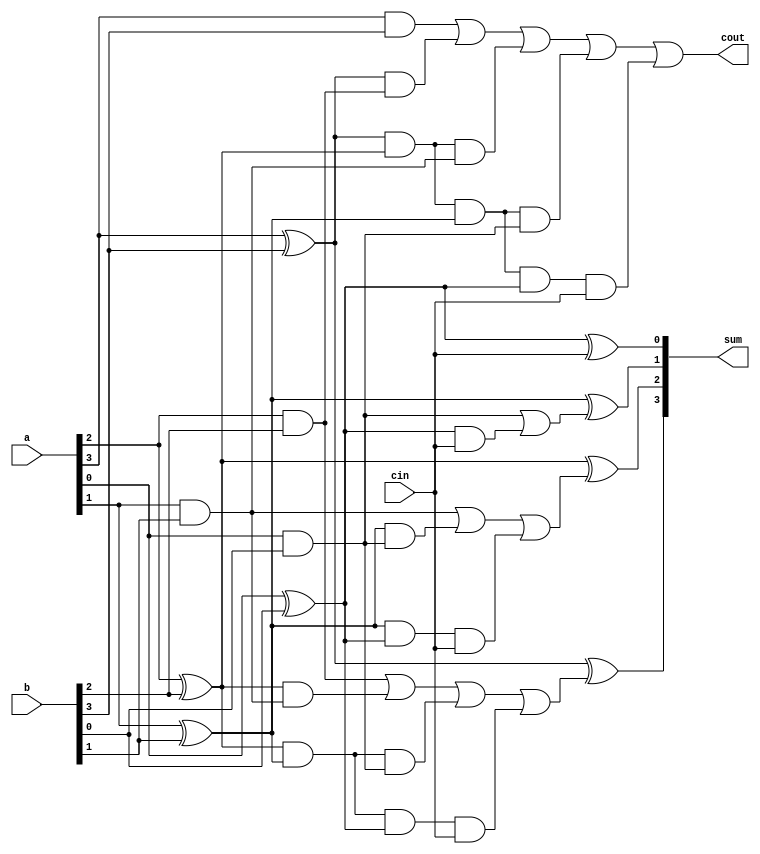
`timescale 1ns / 1ps

module Carrylook_Ahead(a,b,cin,sum,cout);
input [3:0] a, b; //define inputs and outputs
input cin;
output [3:0] sum;
output cout;
//design the logic for the generate functions
and (g0, a[0], b[0]),
(g1, a[1], b[1]),
(g2, a[2], b[2]),
(g3, a[3], b[3]);
//design the logic for the propagate functions
xor (p0, a[0], b[0]),
(p1, a[1], b[1]),
(p2, a[2], b[2]),
(p3, a[3], b[3]);
//design the logic for the sum equations
xor (sum[0], p0, cin),
(sum[1], p1, c0),
(sum[2], p2, c1),
(sum[3], p3, c2);//design the logic for the carry equations
//using the continuous assign statement
assign c0 = g0 | (p0 & cin),
c1 = g1 | (p1 & g0) | (p1 & p0 & cin),
c2 = g2 | (p2 & g1) | (p2 & p1 & g0)
 | (p2 & p1 & p0 & cin),
c3 = g3 | (p3 & g2) | (p3 & p2 & g1)
 | (p3 & p2 & p1 & g0)
 |(p3 & p2 & p1 & p0 & cin);
//design the logic for cout using assign
assign cout = c3;
endmodule